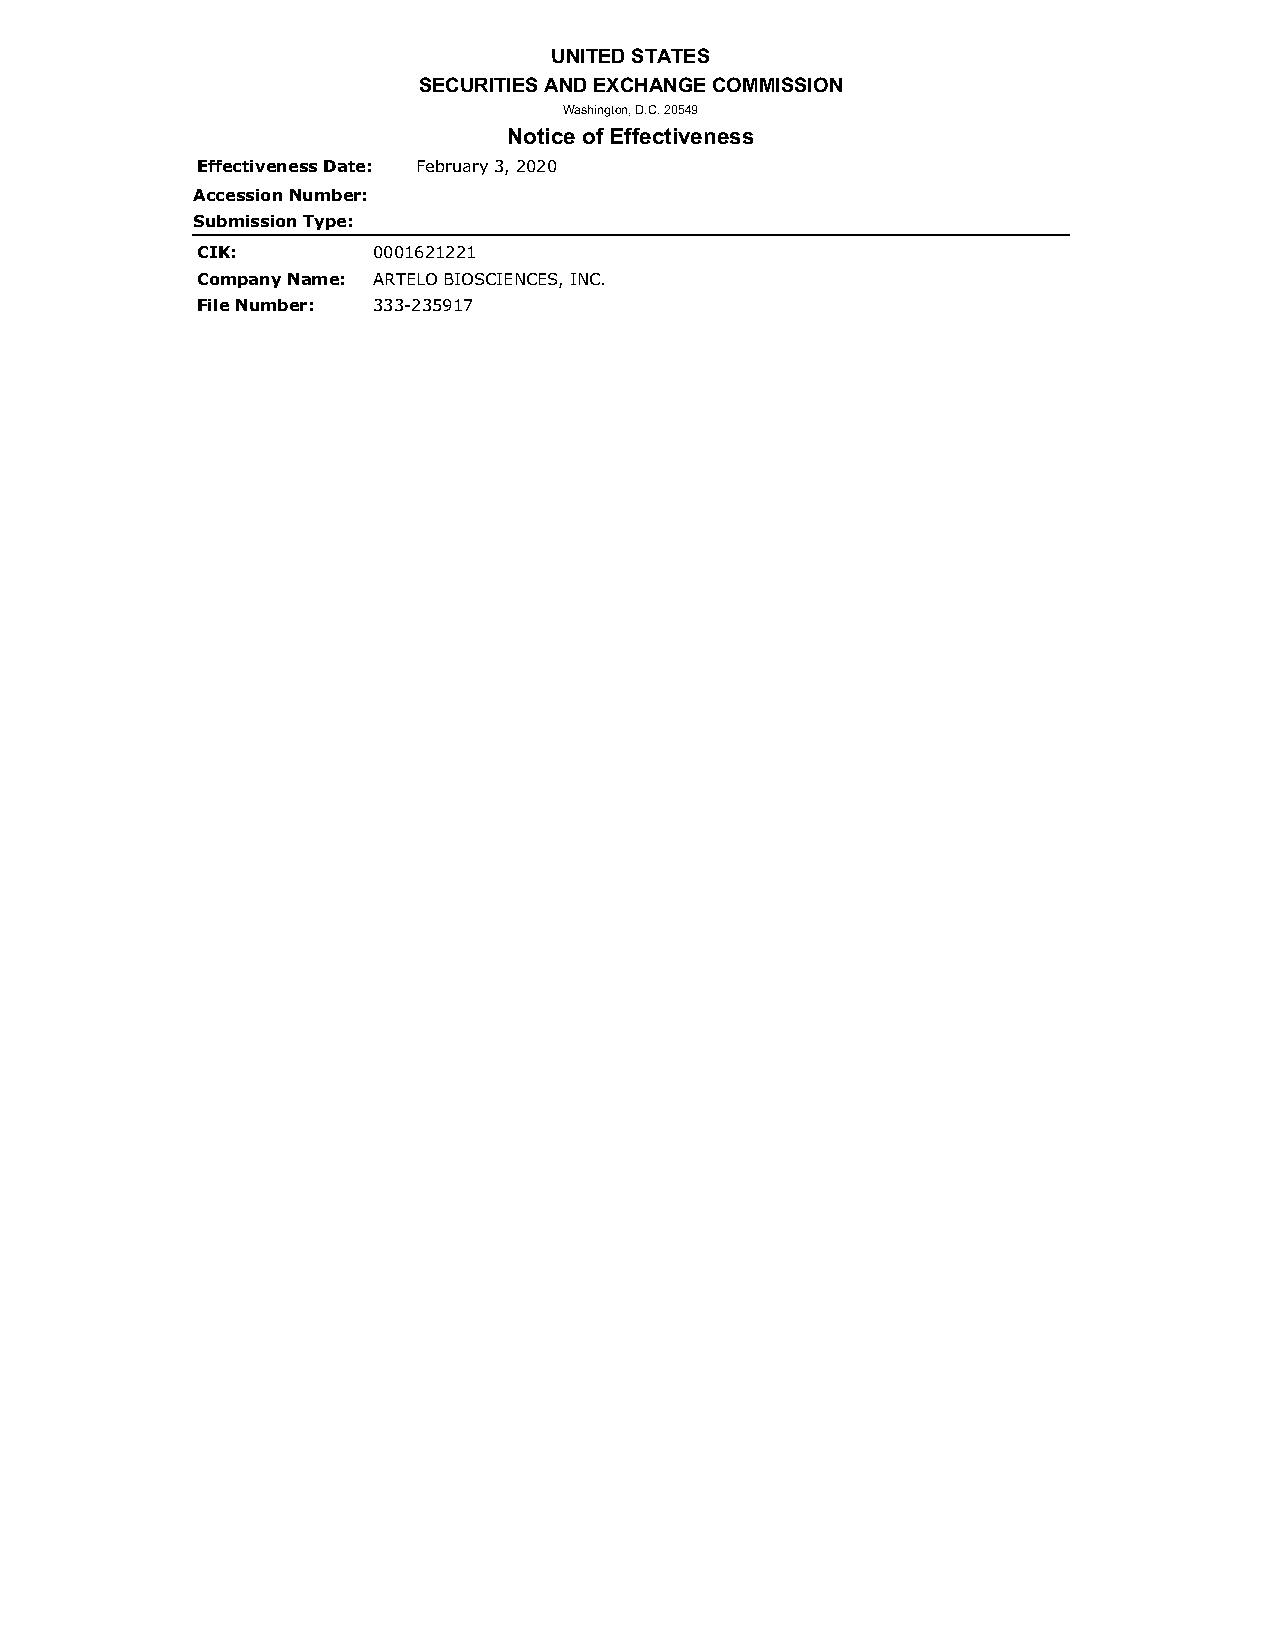
UNITED STATES
 SECURITIES AND EXCHANGE COMMISSION
 Washington, D.C. 20549
 Notice of Effectiveness
 Effectiveness Date: February 3, 2020
 Accession Number:
 Submission Type:
 CIK:        0001621221
 Company Name: ARTELO BIOSCIENCES, INC.
 File Number: 333-235917